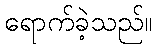
ရောက်ခဲ့သည်။